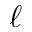
\ell